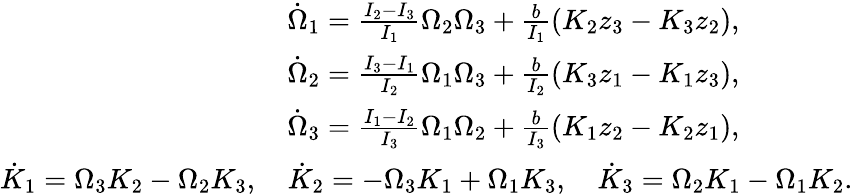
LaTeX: \begin{array}{r}{\dot{\Omega}_{1}=\frac{I_{2}-I_{3}}{I_{1}}\Omega_{2}\Omega_{3}+\frac{b}{I_{1}}(K_{2}z_{3}-K_{3}z_{2}),\qquad\qquad}\\ {\dot{\Omega}_{2}=\frac{I_{3}-I_{1}}{I_{2}}\Omega_{1}\Omega_{3}+\frac{b}{I_{2}}(K_{3}z_{1}-K_{1}z_{3}),\qquad\qquad}\\ {\dot{\Omega}_{3}=\frac{I_{1}-I_{2}}{I_{3}}\Omega_{1}\Omega_{2}+\frac{b}{I_{3}}(K_{1}z_{2}-K_{2}z_{1}),\qquad\qquad}\\ {\dot{K}_{1}=\Omega_{3}K_{2}-\Omega_{2}K_{3},\quad\dot{K}_{2}=-\Omega_{3}K_{1}+\Omega_{1}K_{3},\quad\dot{K}_{3}=\Omega_{2}K_{1}-\Omega_{1}K_{2}.}\end{array}